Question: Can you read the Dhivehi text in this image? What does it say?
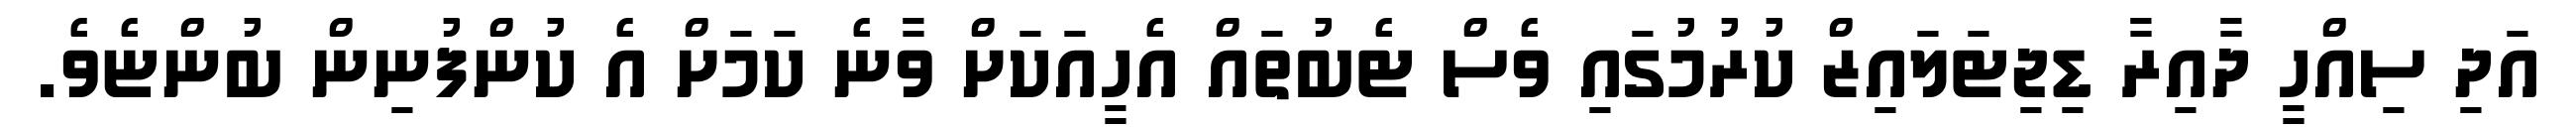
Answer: އަދި ސިއްހީ ދާއިރާ ޑިޖިޓަލައިޒް ކުރުމުގައި ވެސް ޓެބުތައް އެހީއަކަށް ވާނެ ކަމަށް އެ ކުންފުނިން ބުންޏެވެ.